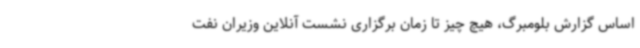
اساس گزارش بلومبرگ، هیچ چیز تا زمان برگزاری نشست آنلاین وزیران نفت